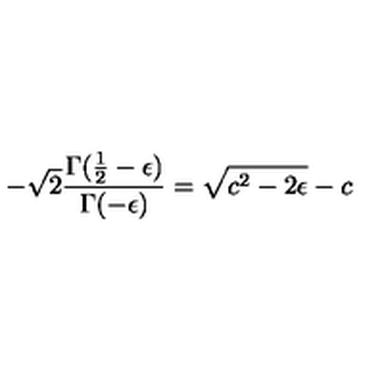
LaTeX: - \sqrt { 2 } \frac { \Gamma ( \frac { 1 } { 2 } - \epsilon ) } { \Gamma ( - \epsilon ) } = \sqrt { c ^ { 2 } - 2 \epsilon } - c